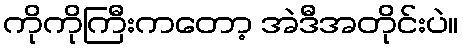
ကိုကိုကြီးကတော့ အဲဒီအတိုင်းပဲ။